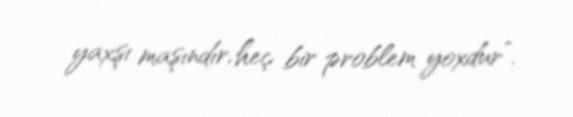
yaxşı maşındır, heç bir problem yoxdur”.